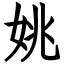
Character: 姚